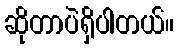
ဆိုတာပဲရှိပါတယ်။